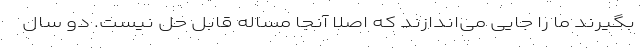
بگیرند ما را جایی می‌اندازند که اصلا آنجا مساله قابل حل نیست. دو سال